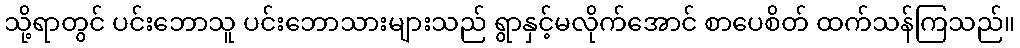
သို့ရာတွင် ပင်းဘောသူ ပင်းဘောသားများသည် ရွာနှင့်မလိုက်အောင် စာပေစိတ် ထက်သန်ကြသည်။